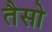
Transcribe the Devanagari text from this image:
तैसो